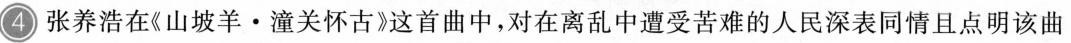
4 张养浩在《山坡羊·潼关怀古》这首曲中，对在离乱中遭受苦难的人民深表同情且点明该曲